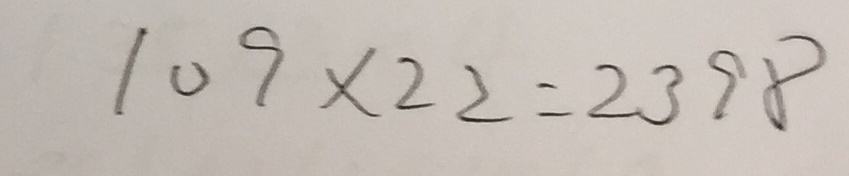
1 0 9 \times 2 2 = 2 3 9 8